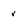
Character: v